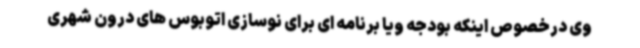
وی درخصوص اینکه بودجه ویا برنامه ای برای نوسازی اتوبوس های درون شهری